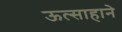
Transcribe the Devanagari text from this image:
ऊत्साहाने